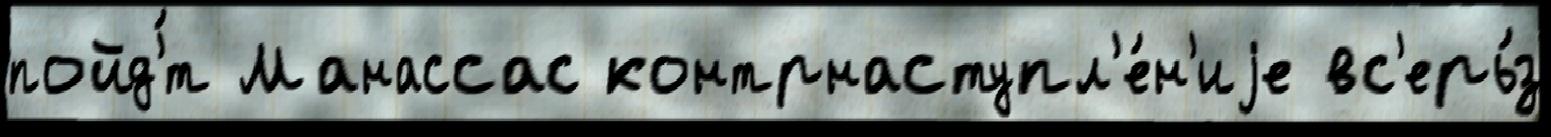
пойд'́т Манассас контрнаступл'е́н'иjе вс'ерь́з